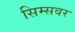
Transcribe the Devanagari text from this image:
सिम्सवर